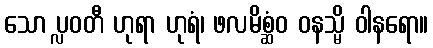
သော ပ္လဝတီ ဟုရာ ဟုရံ၊ ဖလမိစ္ဆံဝ ဝနသ္မိ ဝါနရော။